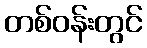
တစ်ဝန်းတွင်